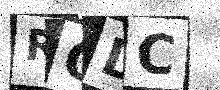
Text: RQDC